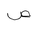
Letter: _sad